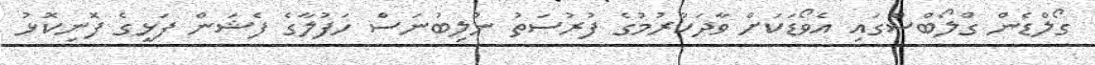
ގޯލްޑެން ގްލޯބްސްގައި އެވޯޑަކަށް ވާދަކުރުމުގެ ފުރުސަތު ނުލިބުނަސް ހަފުލާގެ ފެޝަން ފަޅީގެ ފޮނިކޮޅު